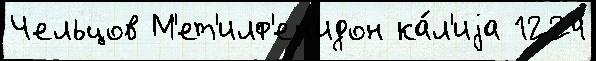
Чельцов М'ет'илф'ен'идон ка́л'иjа 1224